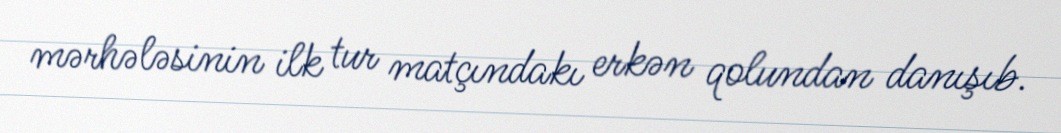
mərhələsinin ilk tur matçındakı erkən qolundan danışıb.